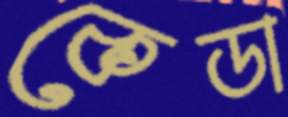
কেডা